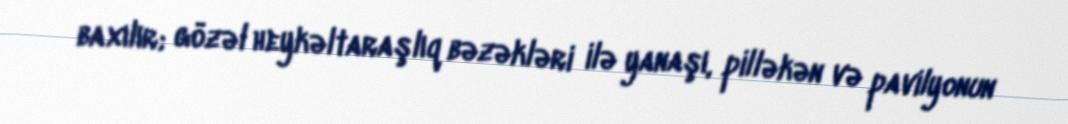
baxılır; gözəl heykəltaraşlıq bəzəkləri ilə yanaşı, pilləkən və pavilyonun